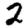
Digit: 2